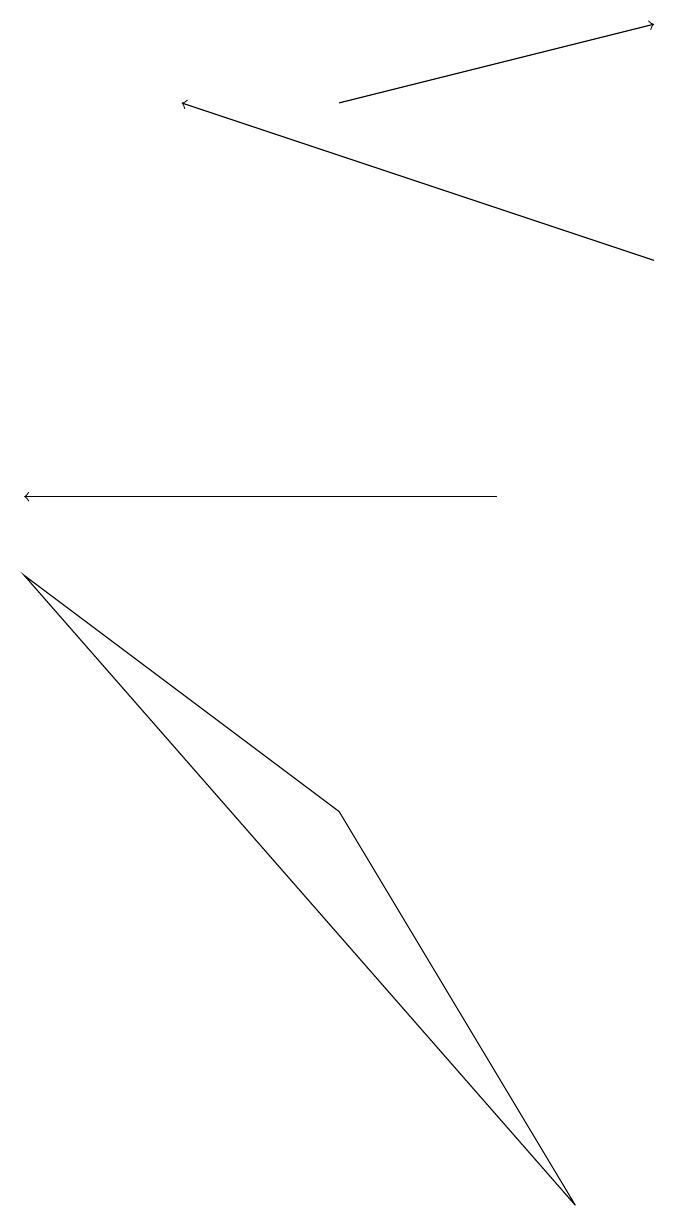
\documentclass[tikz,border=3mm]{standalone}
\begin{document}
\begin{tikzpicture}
\draw (0,9) -- (4,6) -- (7,1) -- cycle;
\draw[->] (8,13) -- (2,15);
\draw[->] (4,15) -- (8,16);
\draw[->] (6,10) -- (0,10);
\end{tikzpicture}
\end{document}